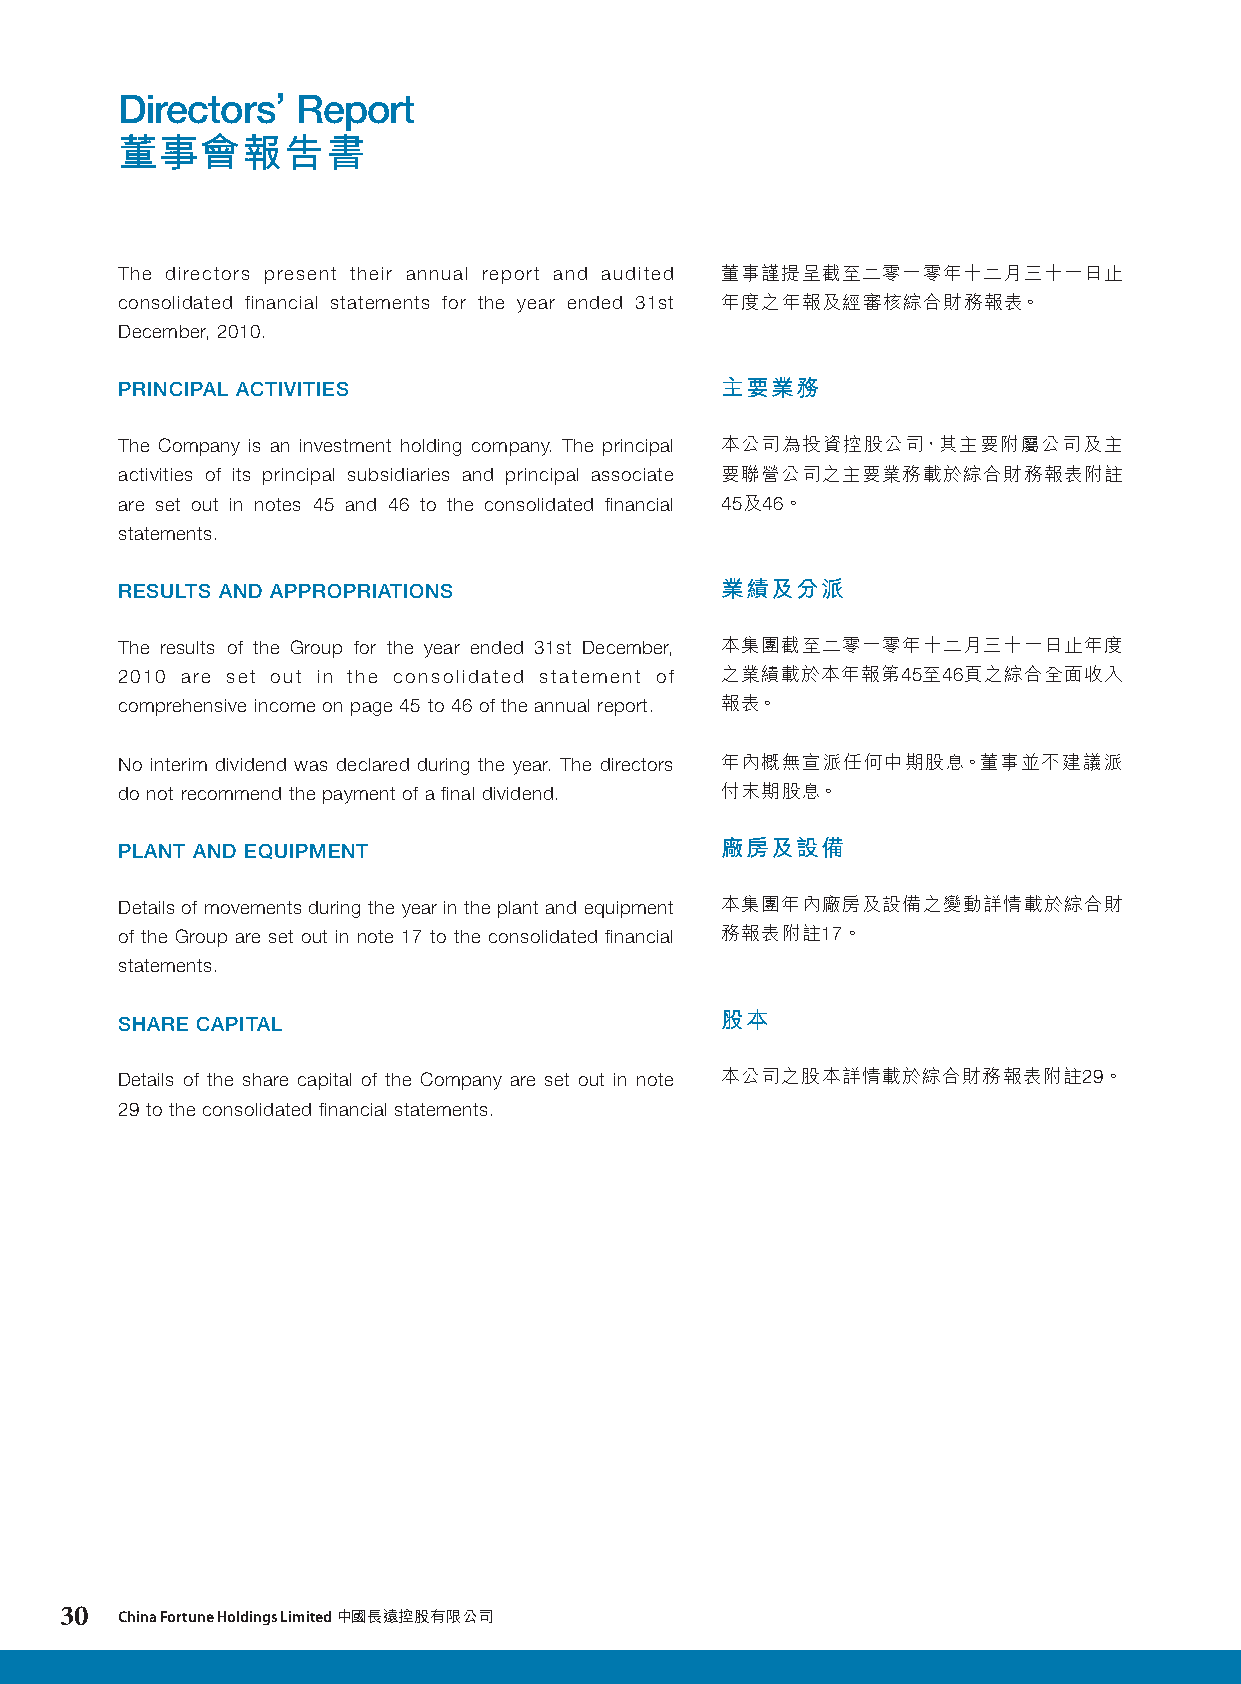
Directors’ Report
 董事會報告書
 Directors’  Report
 董事會報告書
 The directors present their annual report and audited 董事謹提呈截至二零一零年十二月三十一日止
 consolidated financial statements for the year ended 31st 年度之年報及經審核綜合財務報表。
 December, 2010.
 PRINCIPAL ACTIVITIES                    主要業務
 The Company is an investment holding company. The principal 本公司為投資控股公司，其主要附屬公司及主
 activities of its principal subsidiaries and principal associate 要聯營公司之主要業務載於綜合財務報表附註
 are set out in notes 45 and 46 to the consolidated financial 45及46。
 statements.
 RESULTS AND APPROPRIATIONS              業績及分派
 The results of the Group for the year ended 31st December, 本集團截至二零一零年十二月三十一日止年度
 2010 are set out in the consolidated statement of 之業績載於本年報第45至46頁之綜合全面收入
 comprehensive income on page 45 to 46 of the annual report. 報表。
 No interim dividend was declared during the year. The directors 年內概無宣派任何中期股息。董事並不建議派
 do not recommend the payment of a final dividend. 付末期股息。
 PLANT AND EQUIPMENT                     廠房及設備
 Details of movements during the year in the plant and equipment 本集團年內廠房及設備之變動詳情載於綜合財
 of the Group are set out in note 17 to the consolidated financial 務報表附註17。
 statements.
 SHARE CAPITAL                           股本
 Details of the share capital of the Company are set out in note 本公司之股本詳情載於綜合財務報表附註29。
 29 to the consolidated financial statements.
 30  China Fortune Holdings Limited 中國長遠控股有限公司